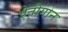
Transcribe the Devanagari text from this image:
ऐतीगोन